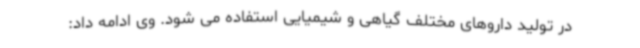
در تولید داروهای مختلف گیاهی و شیمیایی استفاده می شود. وی ادامه داد: